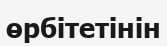
өрбітетінін